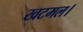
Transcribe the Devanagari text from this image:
खटमल।